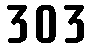
303